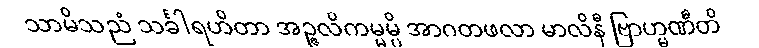
သာမိသညံ သင်္ခါရဟိတာ အဉ္ဇလိကမ္မမ္ပိ အာဂတဖလာ မာလိနီ ဗြာဟ္မဏီတိ